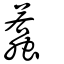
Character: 蠚